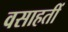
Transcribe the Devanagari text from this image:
वसाहतीं